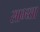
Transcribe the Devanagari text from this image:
साभ्य्ता